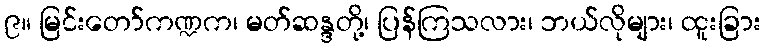
၉။ မြင်းတော်ကဏ္ဍက၊ မတ်ဆန္ဒတို့၊ ပြန်ကြသလား၊ ဘယ်လိုများ၊ ထူးခြား